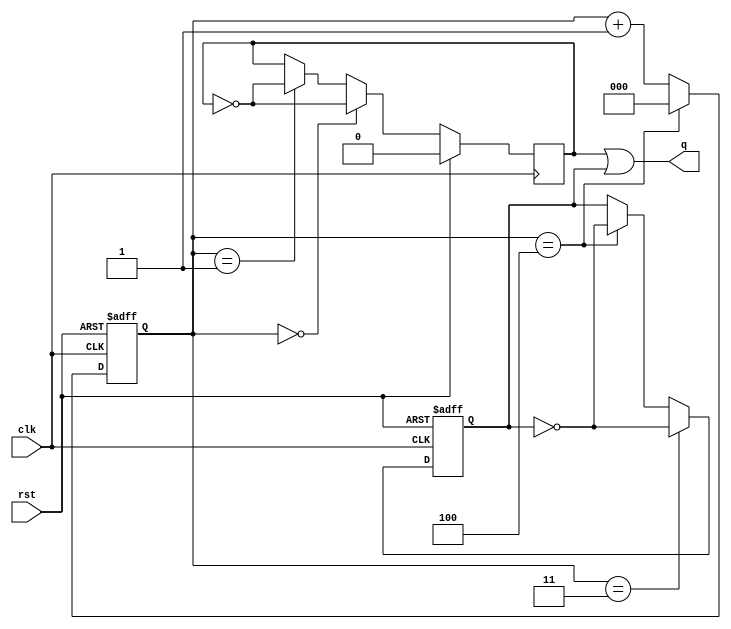
module freq_by_2_5 (
input clk,
input rst,
output wire q
);
reg  [2:0] cnt ;
reg q1,q2;
always @(posedge clk or posedge rst)
	begin
	if (rst)
	cnt <=0;
	else
	begin
	cnt <= (cnt==4) ? 0 : (cnt+1);
	end
	end

always @(posedge clk  )
	begin
	if (rst)
		q1 <=0;
	else if (cnt ==0)
		q1 <= ~q1;
	else if (cnt ==1)
		q1 <= ~q1;
	else
		q1 <=q1;
	end

always @(negedge clk or posedge rst)
	begin
	if (rst)
		q2 <=0;
	else if (cnt ==3)
		q2 <= ~q2;
	else if (cnt ==4)
		q2 <= ~q2;
	else
		q2 <= q2;
	end
	
assign q = q1 | q2;
endmodule